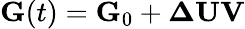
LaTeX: \mathbf{G}(t)=\mathbf{G}_{0}+\mathbf{\Delta}\mathbf{U}\mathbf{V}